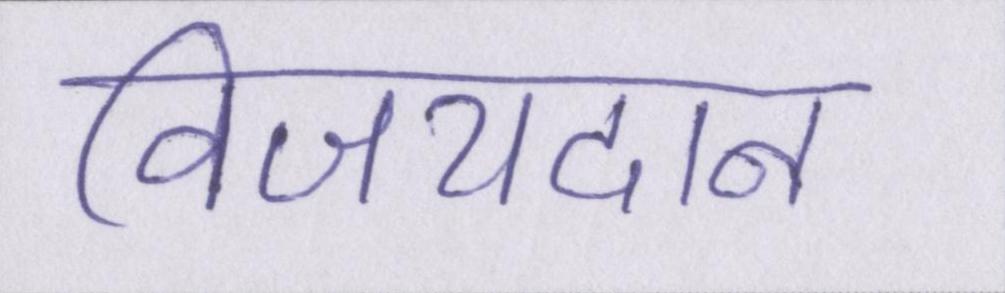
विजयदान